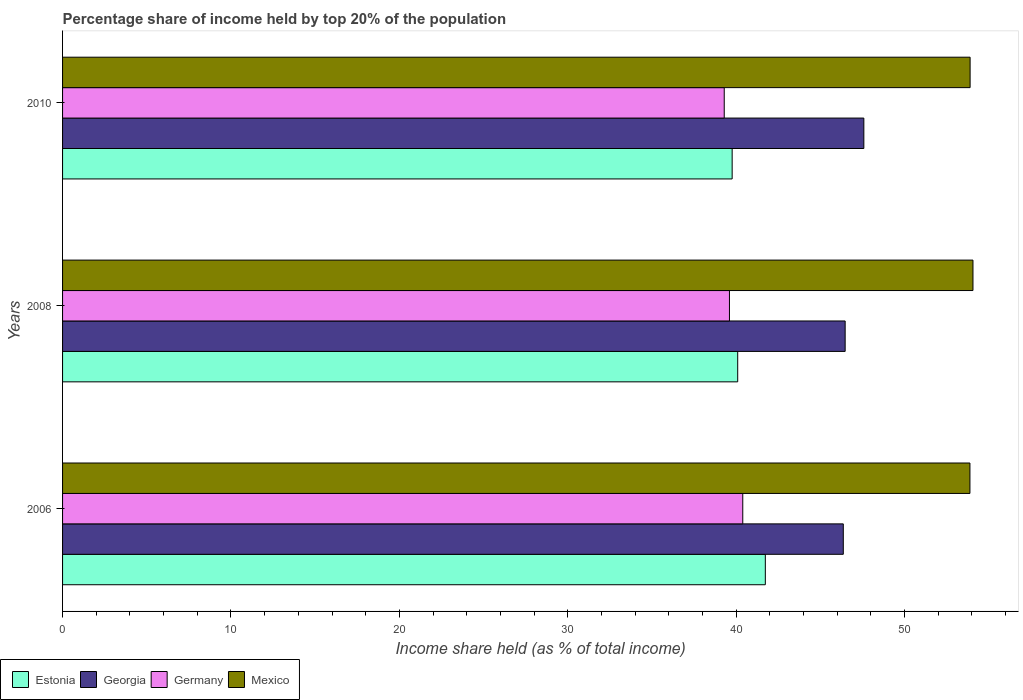
| Years | Estonia | Georgia | Germany | Mexico |
 | --- | --- | --- | --- | --- |
 | 2006 | 41.7 | 46.4 | 40.4 | 53.9 |
 | 2008 | 40.1 | 46.5 | 39.6 | 54.1 |
 | 2010 | 39.8 | 47.6 | 39.3 | 53.9 |